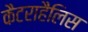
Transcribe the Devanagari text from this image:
कैटराहैलिस